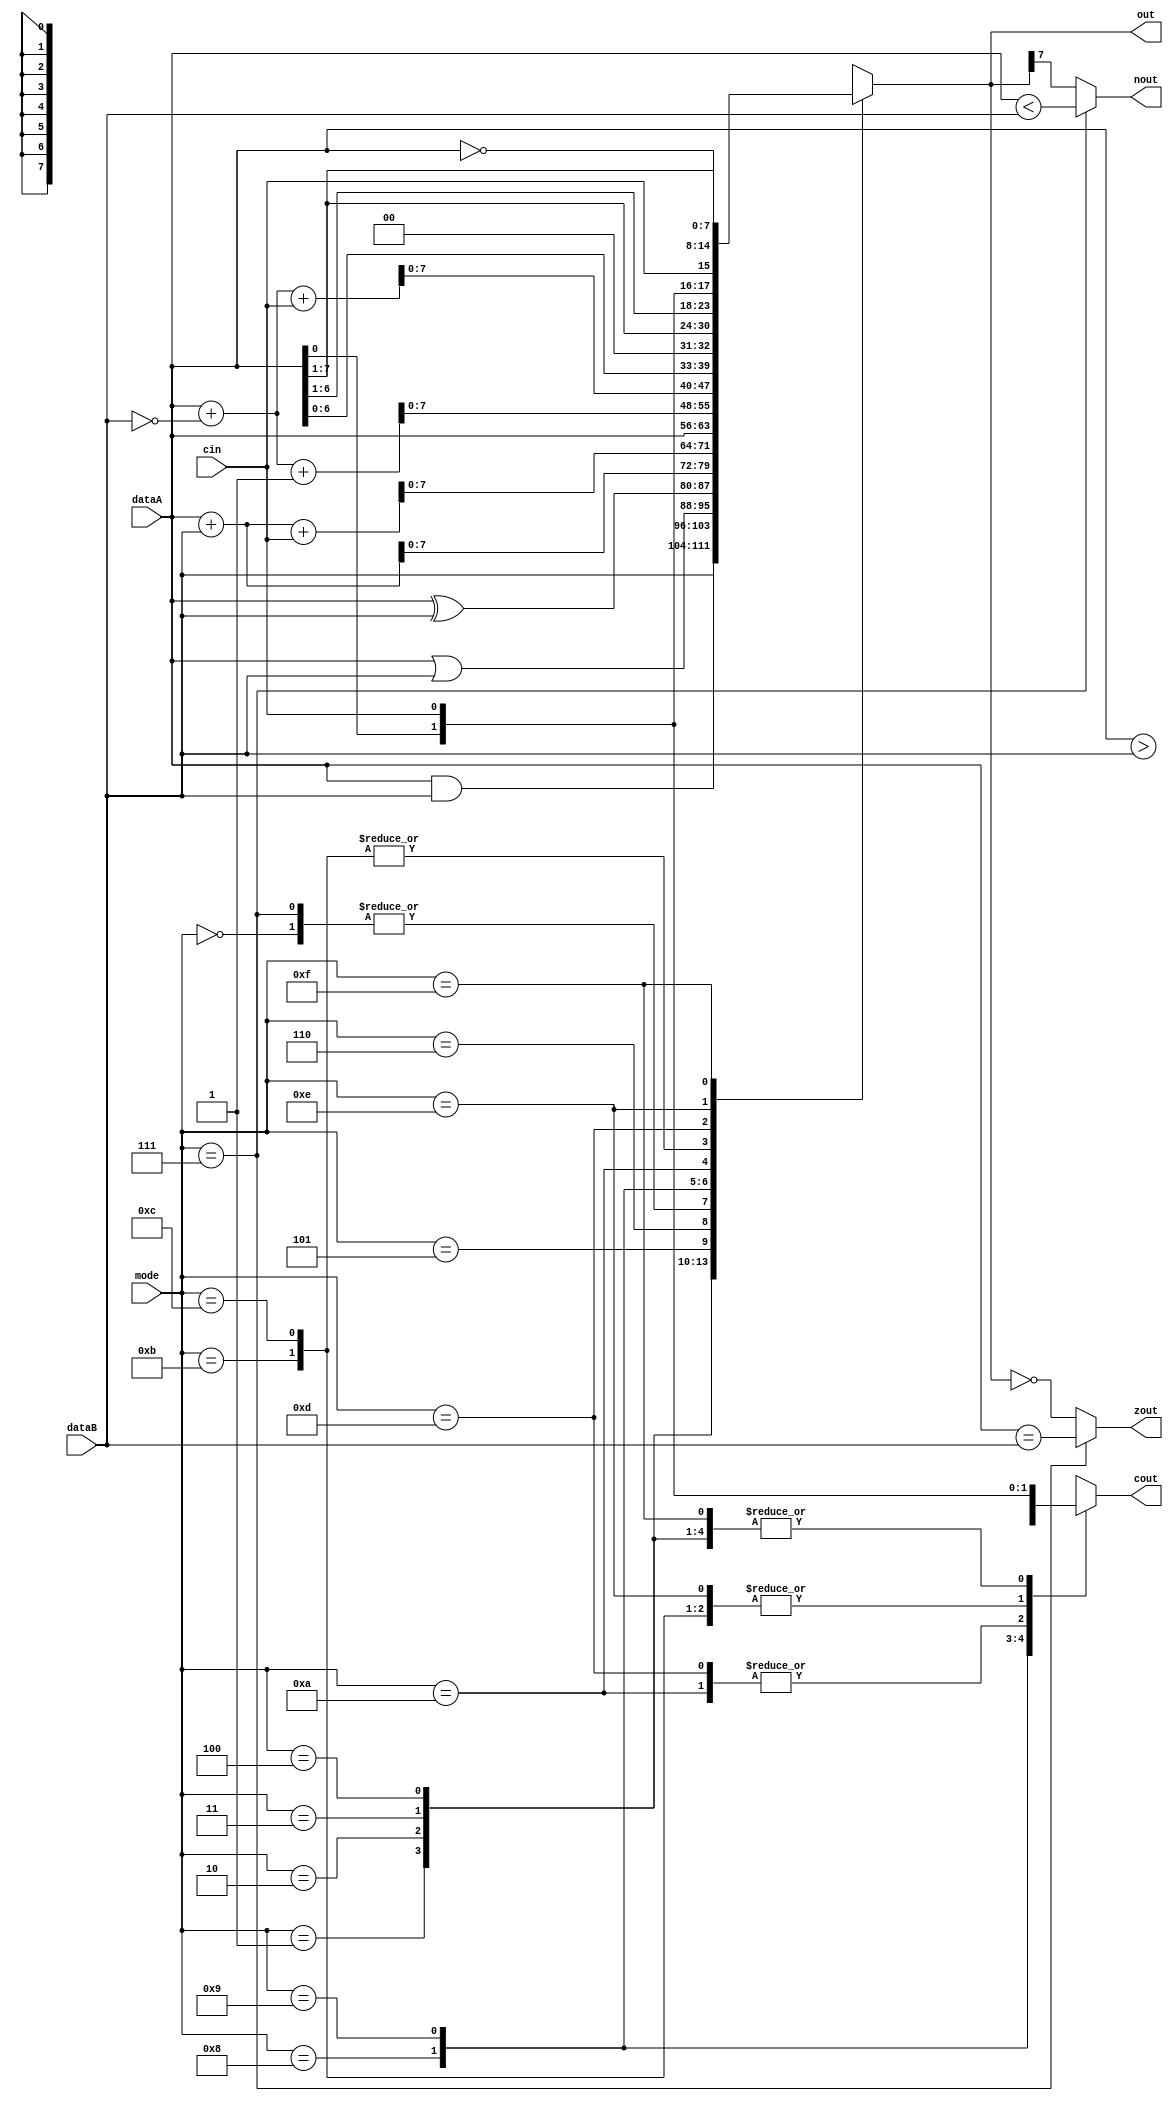
module alu(input wire [7:0] dataA,
           input wire [7:0] dataB,
           input wire [3:0] mode,
           input wire cin,
           output reg [7:0] out,
           output reg cout,
           output reg zout,
           output reg nout
);

    always @(*) begin
        case(mode)
        4'b0000:    {cout, out} = {cin,dataA};                                  // Pass A
        4'b0001:    {cout, out} = {cin,dataB};                                  // Pass B       // Used by LDI and MOV
        4'b0010:    {cout, out} = {cin,dataA & dataB};                          // AND 
        4'b0011:    {cout, out} = {cin,dataA | dataB};                          // OR
        4'b0100:    {cout, out} = {cin,dataA ^ dataB};                          // XOR
        4'b0101:    {cout, out} = dataA + dataB;                                // ADD
        4'b0110:    {cout, out} = dataA + dataB + {7'b0,cin};                   // ADC
        4'b0111:    {cout, out} = {(dataA > dataB),dataA};                      // CMP          // Sets carry on greater, passes dataA
        4'b1000:    {cout, out} = {1'b0,dataA} + {1'b0,~dataB} + 8'b1;          // SUB
        4'b1001:    {cout, out} = {1'b0,dataA} + {1'b0,~dataB} + {7'b0,cin};    // SBB
        4'b1010:    {cout, out} = (dataA << 1);                                 // SLL
        4'b1011:    {cout, out} = {dataA[0],(dataA >> 1)};                      // SRL
        4'b1100:    {cout, out} = {dataA[0],(dataA >>> 1)};                     // SRA
        4'b1101:    {cout, out} = {dataA,cin};                                  // RLC
        4'b1110:    {out, cout} = {cin,dataA};                                  // RRC
        4'b1111:    {cout, out} = {cin,~dataA};                                 // NOT
        endcase
    end

    always @(*) begin
        if(mode == 4'b0111) begin       // If CMP
            zout = (dataA == dataB);
            nout = (dataA < dataB);
        end
        else begin
            zout = (out == 8'd0);
            nout = out[7];
        end

    end
endmodule